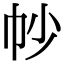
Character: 㠺